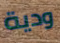
ودية